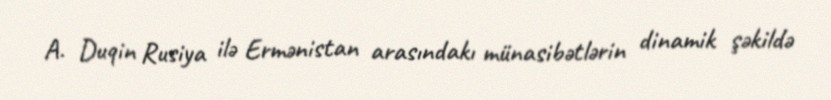
A. Duqin Rusiya ilə Ermənistan arasındakı münasibətlərin dinamik şəkildə